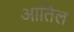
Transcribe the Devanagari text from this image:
आतिल